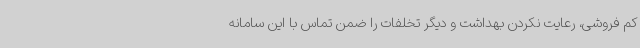
کم فروشی، رعایت نکردن بهداشت و دیگر تخلفات را ضمن تماس با این سامانه